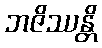
ဘဇိဿန္တိ